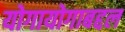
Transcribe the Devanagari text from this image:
योगायोगाबद्दल